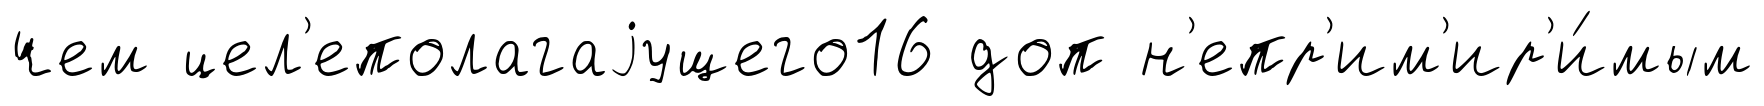
чем цел'еполагаjущего16 доп н'епр'им'ир'и́мым